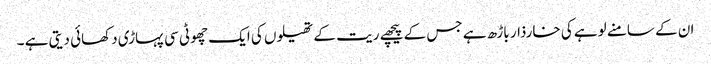
ان کے سامنے لوہے کی خارذار باڑھ ہے جس کے پیچھے ریت کے تھیلوں کی ایک چھوٹی سی پہاڑی دکھائی دیتی ہے ۔